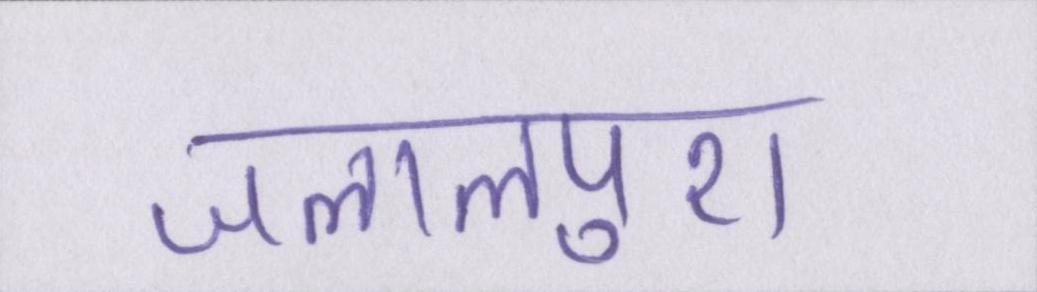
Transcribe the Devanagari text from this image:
जलालपुरा